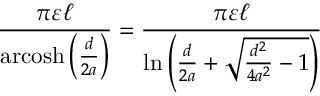
{ \frac { \pi \varepsilon \ell } { \operatorname { a r c o s h } \left( { \frac { d } { 2 a } } \right) } } = { \frac { \pi \varepsilon \ell } { \ln \left( { \frac { d } { 2 a } } + { \sqrt { { \frac { d ^ { 2 } } { 4 a ^ { 2 } } } - 1 } } \right) } }